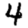
Digit: 4